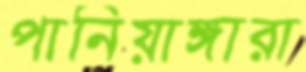
পানিয়াঙ্গারা